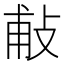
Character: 𢼹